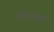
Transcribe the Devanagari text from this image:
यांच्याप्रती